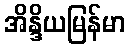
အိန္ဒိယမြန်မာ